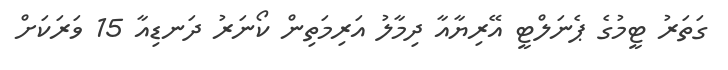
ގަތަރު ޓީމުގެ ޕެނަލްޓީ އޭރިޔާއާ ދިމާލު އަރިމަތިން ކޯނަރު ދަނޑިއާ 15 ވަރަކަށް